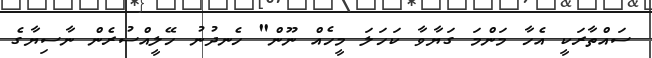
ސައްތާރަކީ އެހާ މަންމަ ގަޔާވާ ކަހަލަ މީހެއް ނޫން" ހެނދުނު ހޭލީއްސުރެން ނާސިޔާގެ